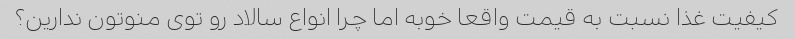
کیفیت غذا نسبت به قیمت واقعا خوبه اما چرا انواع سالاد رو توی منوتون ندارین؟